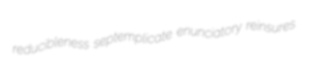
reducibleness septemplicate enunciatory reinsures